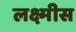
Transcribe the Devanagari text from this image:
लक्ष्मीस